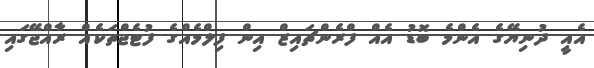
އެއީ ދުނިޔޭގެ އެންމެ ބޮޑު އެއް ފްރެންޗައިޒް އިން ފިލްމެއްގެ ފުޓެޖްތަކެއް ރާއްޖޭގައި